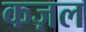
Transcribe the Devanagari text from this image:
कज़ल